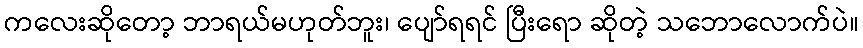
ကလေးဆိုတော့ ဘာရယ်မဟုတ်ဘူး၊ ပျော်ရရင် ပြီးရော ဆိုတဲ့ သဘောလောက်ပဲ။